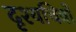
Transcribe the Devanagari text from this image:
दृश्यचित्रों